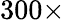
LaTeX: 300\times